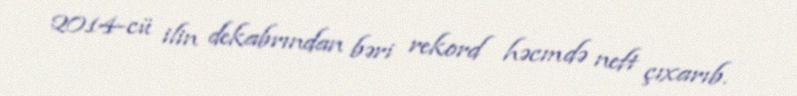
2014-cü ilin dekabrından bəri rekord həcmdə neft çıxarıb.